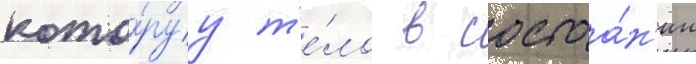
кото́руу т'е́ло в состоа́н'ии